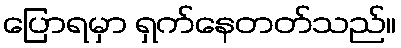
ပြောရမှာ ရှက်နေတတ်သည်။